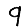
Digit: 9